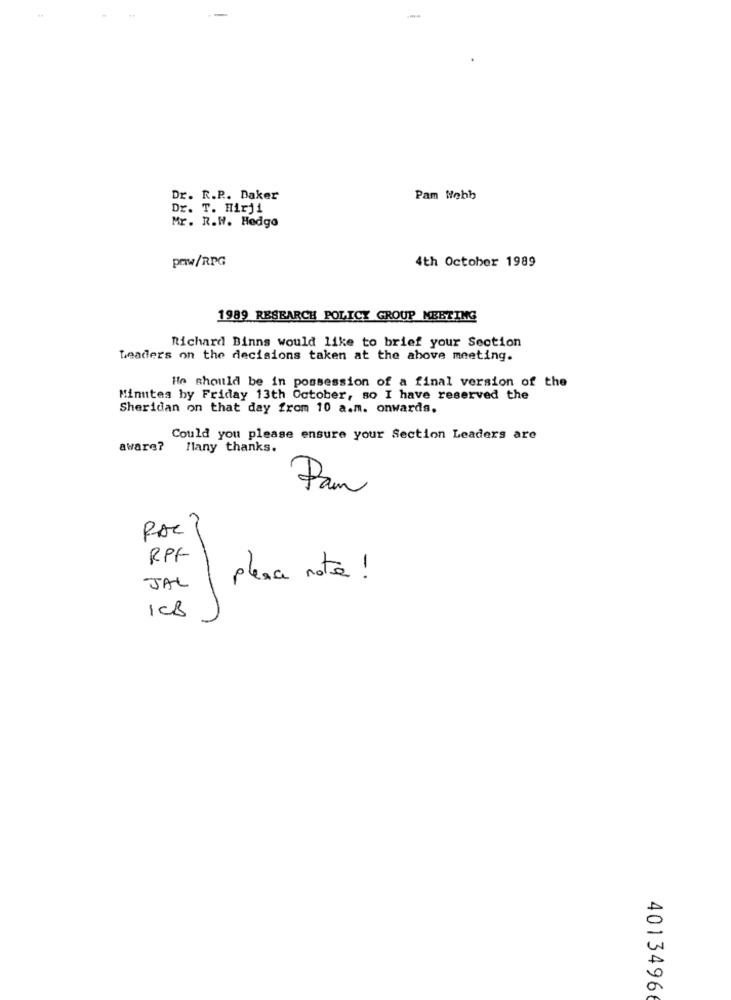
--
Dr. R.P .. Daker
Pam Webb
Dr. T. Hirji
Mr. R.W. Hedgo
pow/RPG
4th October 1989
1989 RESEARCH POLICY GROUP MEETING
Richard Binns would like to brief your Section
Leaders on the decisions taken at the above meeting.
He should be in possession of a final version of the
Minutes by Friday 13th October, so I have reserved the
Sheridan on that day from 10 a.m. onwards.
Could you please ensure your Section Leaders are
aware?
Many thanks.
Pam
RAC
RPF
place note !
JAL
1CB
4013496